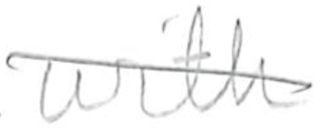
Text: with
Cross-out: diagonal
Writing tool: pencil